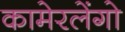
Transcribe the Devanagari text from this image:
कामेरलेंगो